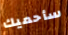
سأحميك